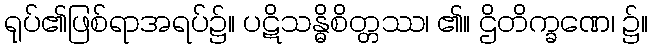
ရုပ်၏ဖြစ်ရာအရပ်၌။ ပဋိသန္ဓိစိတ္တဿ၊ ၏။ ဌိတိက္ခဏေ၊ ၌။